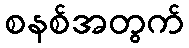
စနစ်အတွက်